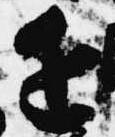
近